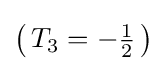
\left(\,T_{3}=-{\tfrac {1}{2}}\,\right)